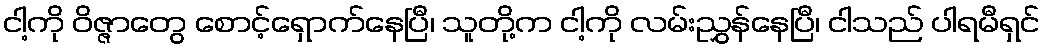
ငါ့ကို ဝိဇ္ဇာတွေ စောင့်ရှောက်နေပြီ၊ သူတို့က ငါ့ကို လမ်းညွှန်နေပြီ၊ ငါသည် ပါရမီရှင်